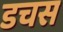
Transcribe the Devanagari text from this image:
डचस